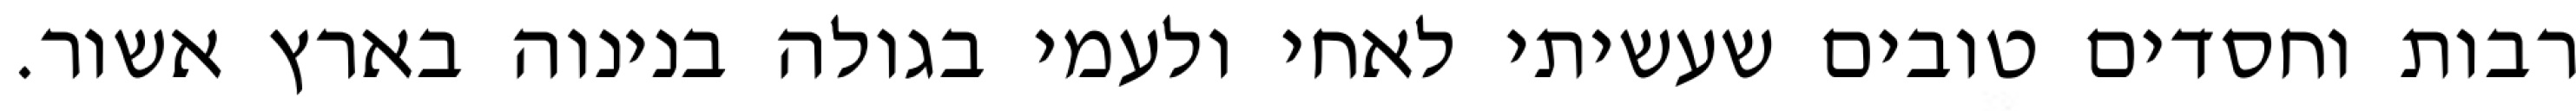
רבות וחסדים טובים שעשיתי לאחי ולעמי בגולה בנינוה בארץ אשור.